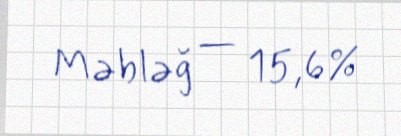
Məbləğ — 15,6%